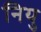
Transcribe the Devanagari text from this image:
नियु